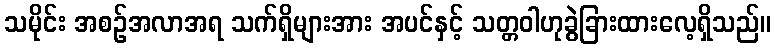
သမိုင်း အစဉ်အလာအရ သက်ရှိများအား အပင်နှင့် သတ္တဝါဟုခွဲခြားထားလေ့ရှိသည်။